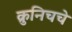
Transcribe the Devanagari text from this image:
क्रुनिचचे